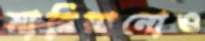
মারিয়ানোও